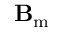
\mathbf { B } _ { \mathrm { m } }